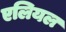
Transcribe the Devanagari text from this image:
एलियल